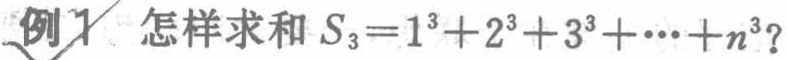
例1 怎样求和 \(S_{3}=1^{3}+2^{3}+3^{3}+\cdots +n^{3}\)？